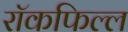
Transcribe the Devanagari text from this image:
रॉकफिल्ल